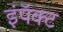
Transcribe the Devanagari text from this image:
इंपॅक्ट